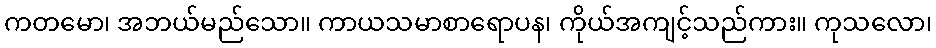
ကတမော၊ အဘယ်မည်သော။ ကာယသမာစာရောပန၊ ကိုယ်အကျင့်သည်ကား။ ကုသလော၊